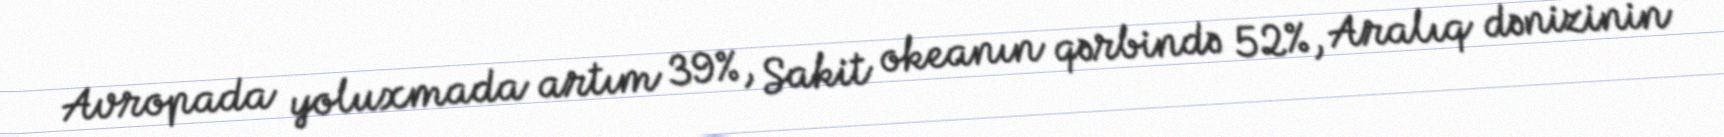
Avropada yoluxmada artım 39%, Sakit okeanın qərbində 52%, Aralıq dənizinin